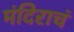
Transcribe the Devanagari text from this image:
मंदिराचं